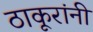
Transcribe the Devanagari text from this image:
ठाकूरांनी